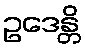
ဥဒေန္တိ